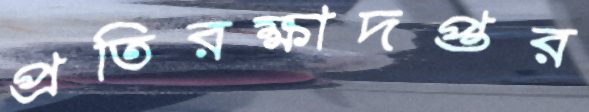
প্রতিরক্ষাদপ্তর